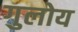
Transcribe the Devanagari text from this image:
गुलोय